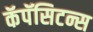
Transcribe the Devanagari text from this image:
कॅपॅसिटन्स